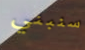
سنبني